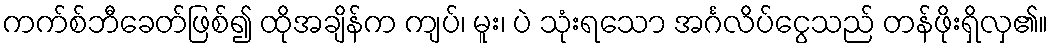
ကက်စ်ဘီခေတ်ဖြစ်၍ ထိုအချိန်က ကျပ်၊ မူး၊ ပဲ သုံးရသော အင်္ဂလိပ်ငွေသည် တန်ဖိုးရှိလှ၏။